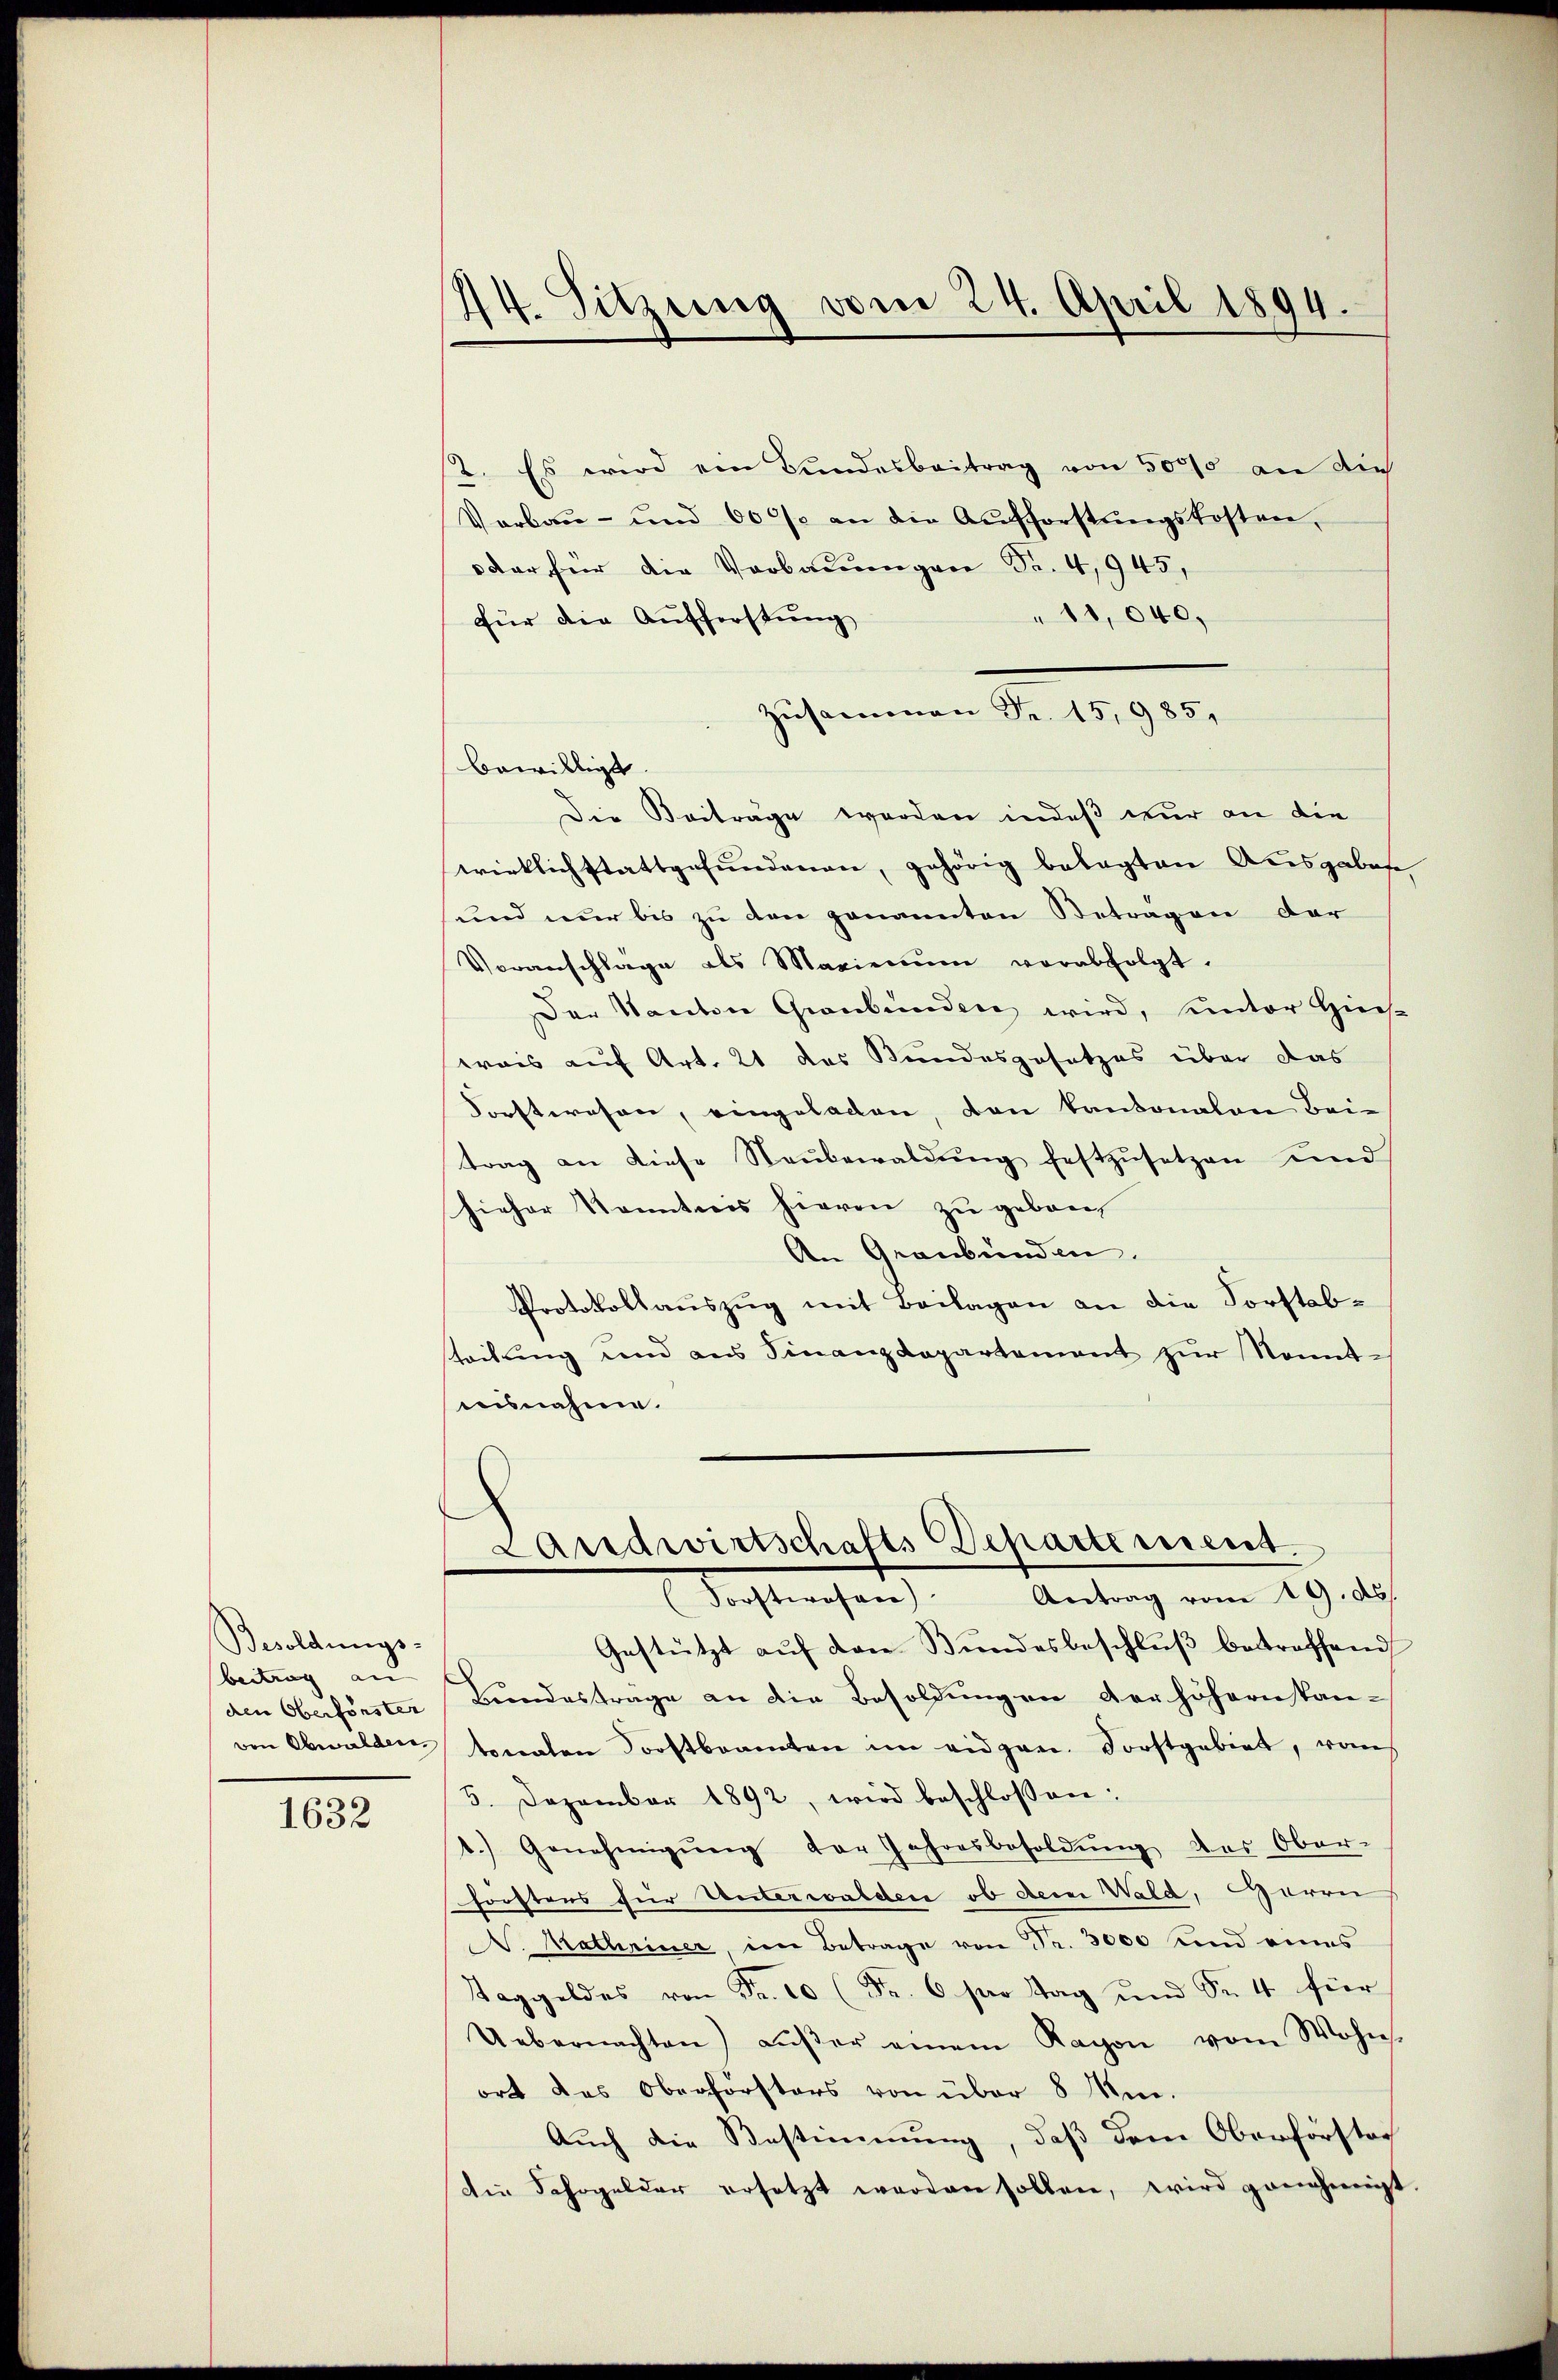
Besoldungs-
beitrag an |
den Oberförster

1632

44. Sitzung vom 24. April 1894.

12. Es wird ein Bundesbeitrag von 5000 an die
Vorbau- und 60% an die Aufforstŭngskosten,
dar für die Verbauungen Fr. 4,945,
"11,040.
für die Aufforstung
Zusammen Fr. 15,985,
Die Beiträge werden indeß nur an die
wirklich stattgefundenen, gehörig belagten Ausgabase,
und nur bis zu den genannten Beträgen der
Veranschläge als Maximŭm verabfolgt.
Der Kanton Graubünden wird, unter Hins
wais auf Art. 21 des Bundesgesetzes über das
Forstwesen, eingeladen, den kantonalen Beitrag an diese Neŭbewaldŭng festzŭsetzen und
hieher Kenntnis hievon zu geborn
An Graubünden.
Protokollauszug mit Beilagen an die Forstabsteilung und aus Finanzdepartement zŭr Sonnt-
uisnahme.
Landwirtschafts-Departement.
Antrag vom 19. d.
(Forstwesen)
Gestützt auf den Bundesbeschluß betreffend
Bundestrage an die Besoldungen der höhernpan-
von Obwalden sonaten Forstbeamten im eidgen. Forstgebiet, von
5. Dezember 1892, wird beschlossen:
1.) Genehmigŭng der Jahresbesoldŭng des Ober-
hörstens für Unterwalden, ob dem Wald, Harri
D. Kathriner in Betrage von Fr. 3000 und eines
Taggeldes von Fr. 10 (Fr. 6 pro Tag und Fr. 4 für
Uebernachten) aŭβer einem Kapon vom Wohns-
ort des Oberförsters von über 8 Mi-
Auch die Bestimmung, daß dem Oberförstech
die Schogelder ersetzt werden sollen, wird genehmigt

bewilligt.